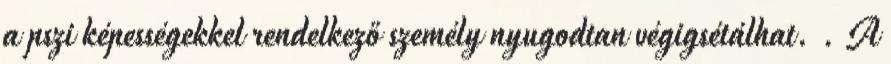
a pszi képességekkel rendelkező személy nyugodtan végigsétálhat. . A